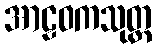
အာဠဝကသုတ္တ